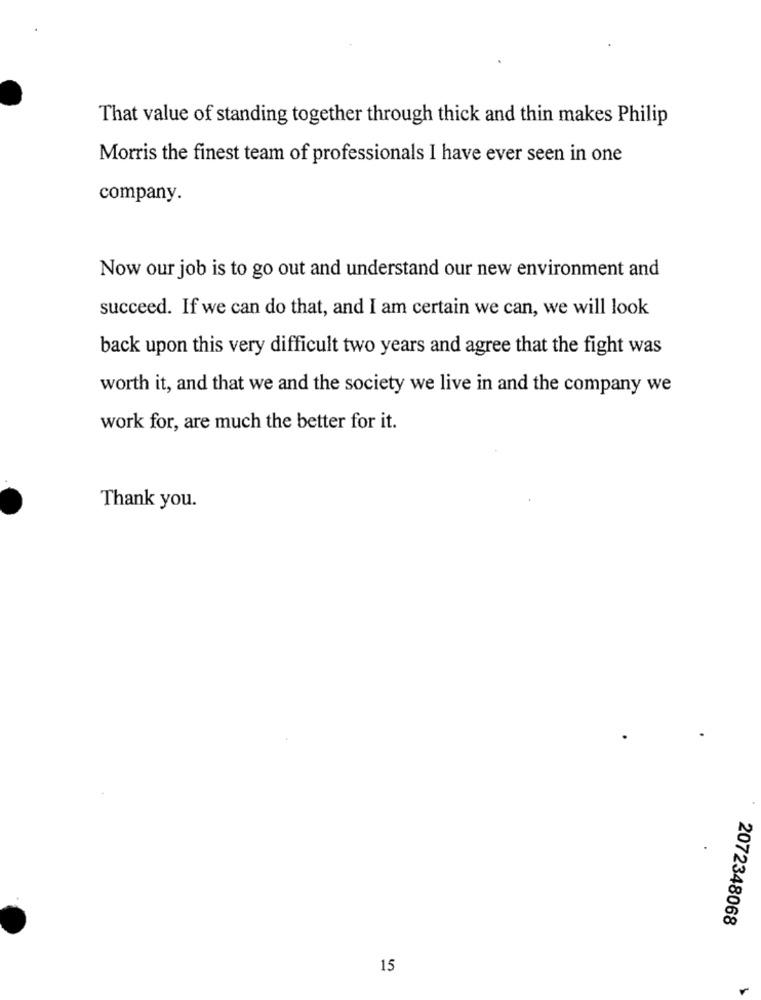
That value of standing together through thick and thin makes Philip
Morris the finest team of professionals I have ever seen in one
company.
Now our job is to go out and understand our new environment and
succeed. If we can do that, and I am certain we can, we will look
back upon this very difficult two years and agree that the fight was
worth it, and that we and the society we live in and the company we
work for, are much the better for it.
Thank you.
2072348068
15